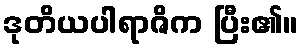
ဒုတိယပါရာဇိက ပြီး၏။